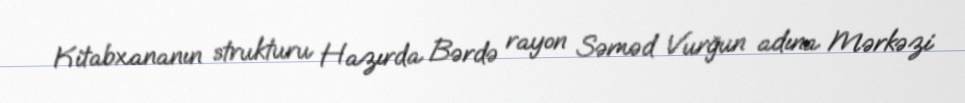
Kitabxananın strukturu Hazırda Bərdə rayon Səməd Vurğun adına Mərkəzi